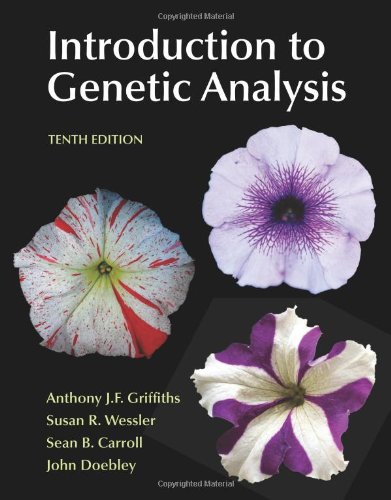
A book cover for Introduction to Genetic Analysis Solutions Manual, 10th Edition; Anthony J.F. Griffiths; Medical Books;